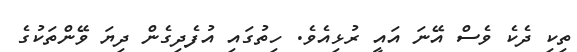
ތިކި ދެކެ ވެސް އޭނަ އައީ ރުޅިއެވެ. ހިތުގައި އުފެދިގެން ދިޔަ ވޭންތަކުގެ